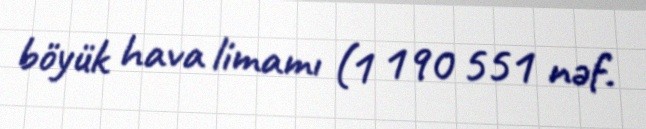
böyük hava limamı (1 190 551 nəf.